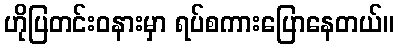
ဟိုပြတင်းဝနားမှာ ရပ်စကားပြောနေတယ်။